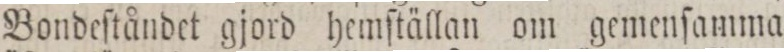
Bondeſtåndet gjord hemſtällan om gemenſamma